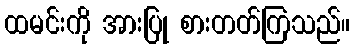
ထမင်းကို အားပြု စားတတ်ကြသည်။